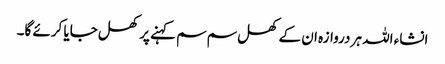
انشاء اللہ ہر دروازہ ان کے کھل سم سم کہنے پر کھل جایا کرئے گا۔